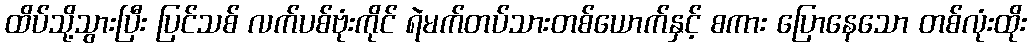
ထိပ်သို့သွားပြီး ပြင်သစ် လက်ပစ်ဗုံးကိုင် ရဲမက်တပ်သားတစ်ယောက်နှင့် စကား ပြောနေသော တစ်လုံးထိုး